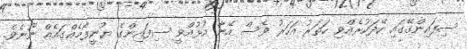
ސިފައިންގޭގައި ހޭދަކުރެއްވި ހަތަރު އަހަރު ވެސް އޭނާ އުޅުއްވީ ސިފައިންގެ ޔުނީފޯމެއްގައެއް ނޫނެވެ.